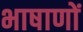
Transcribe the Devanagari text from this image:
भाषाणों